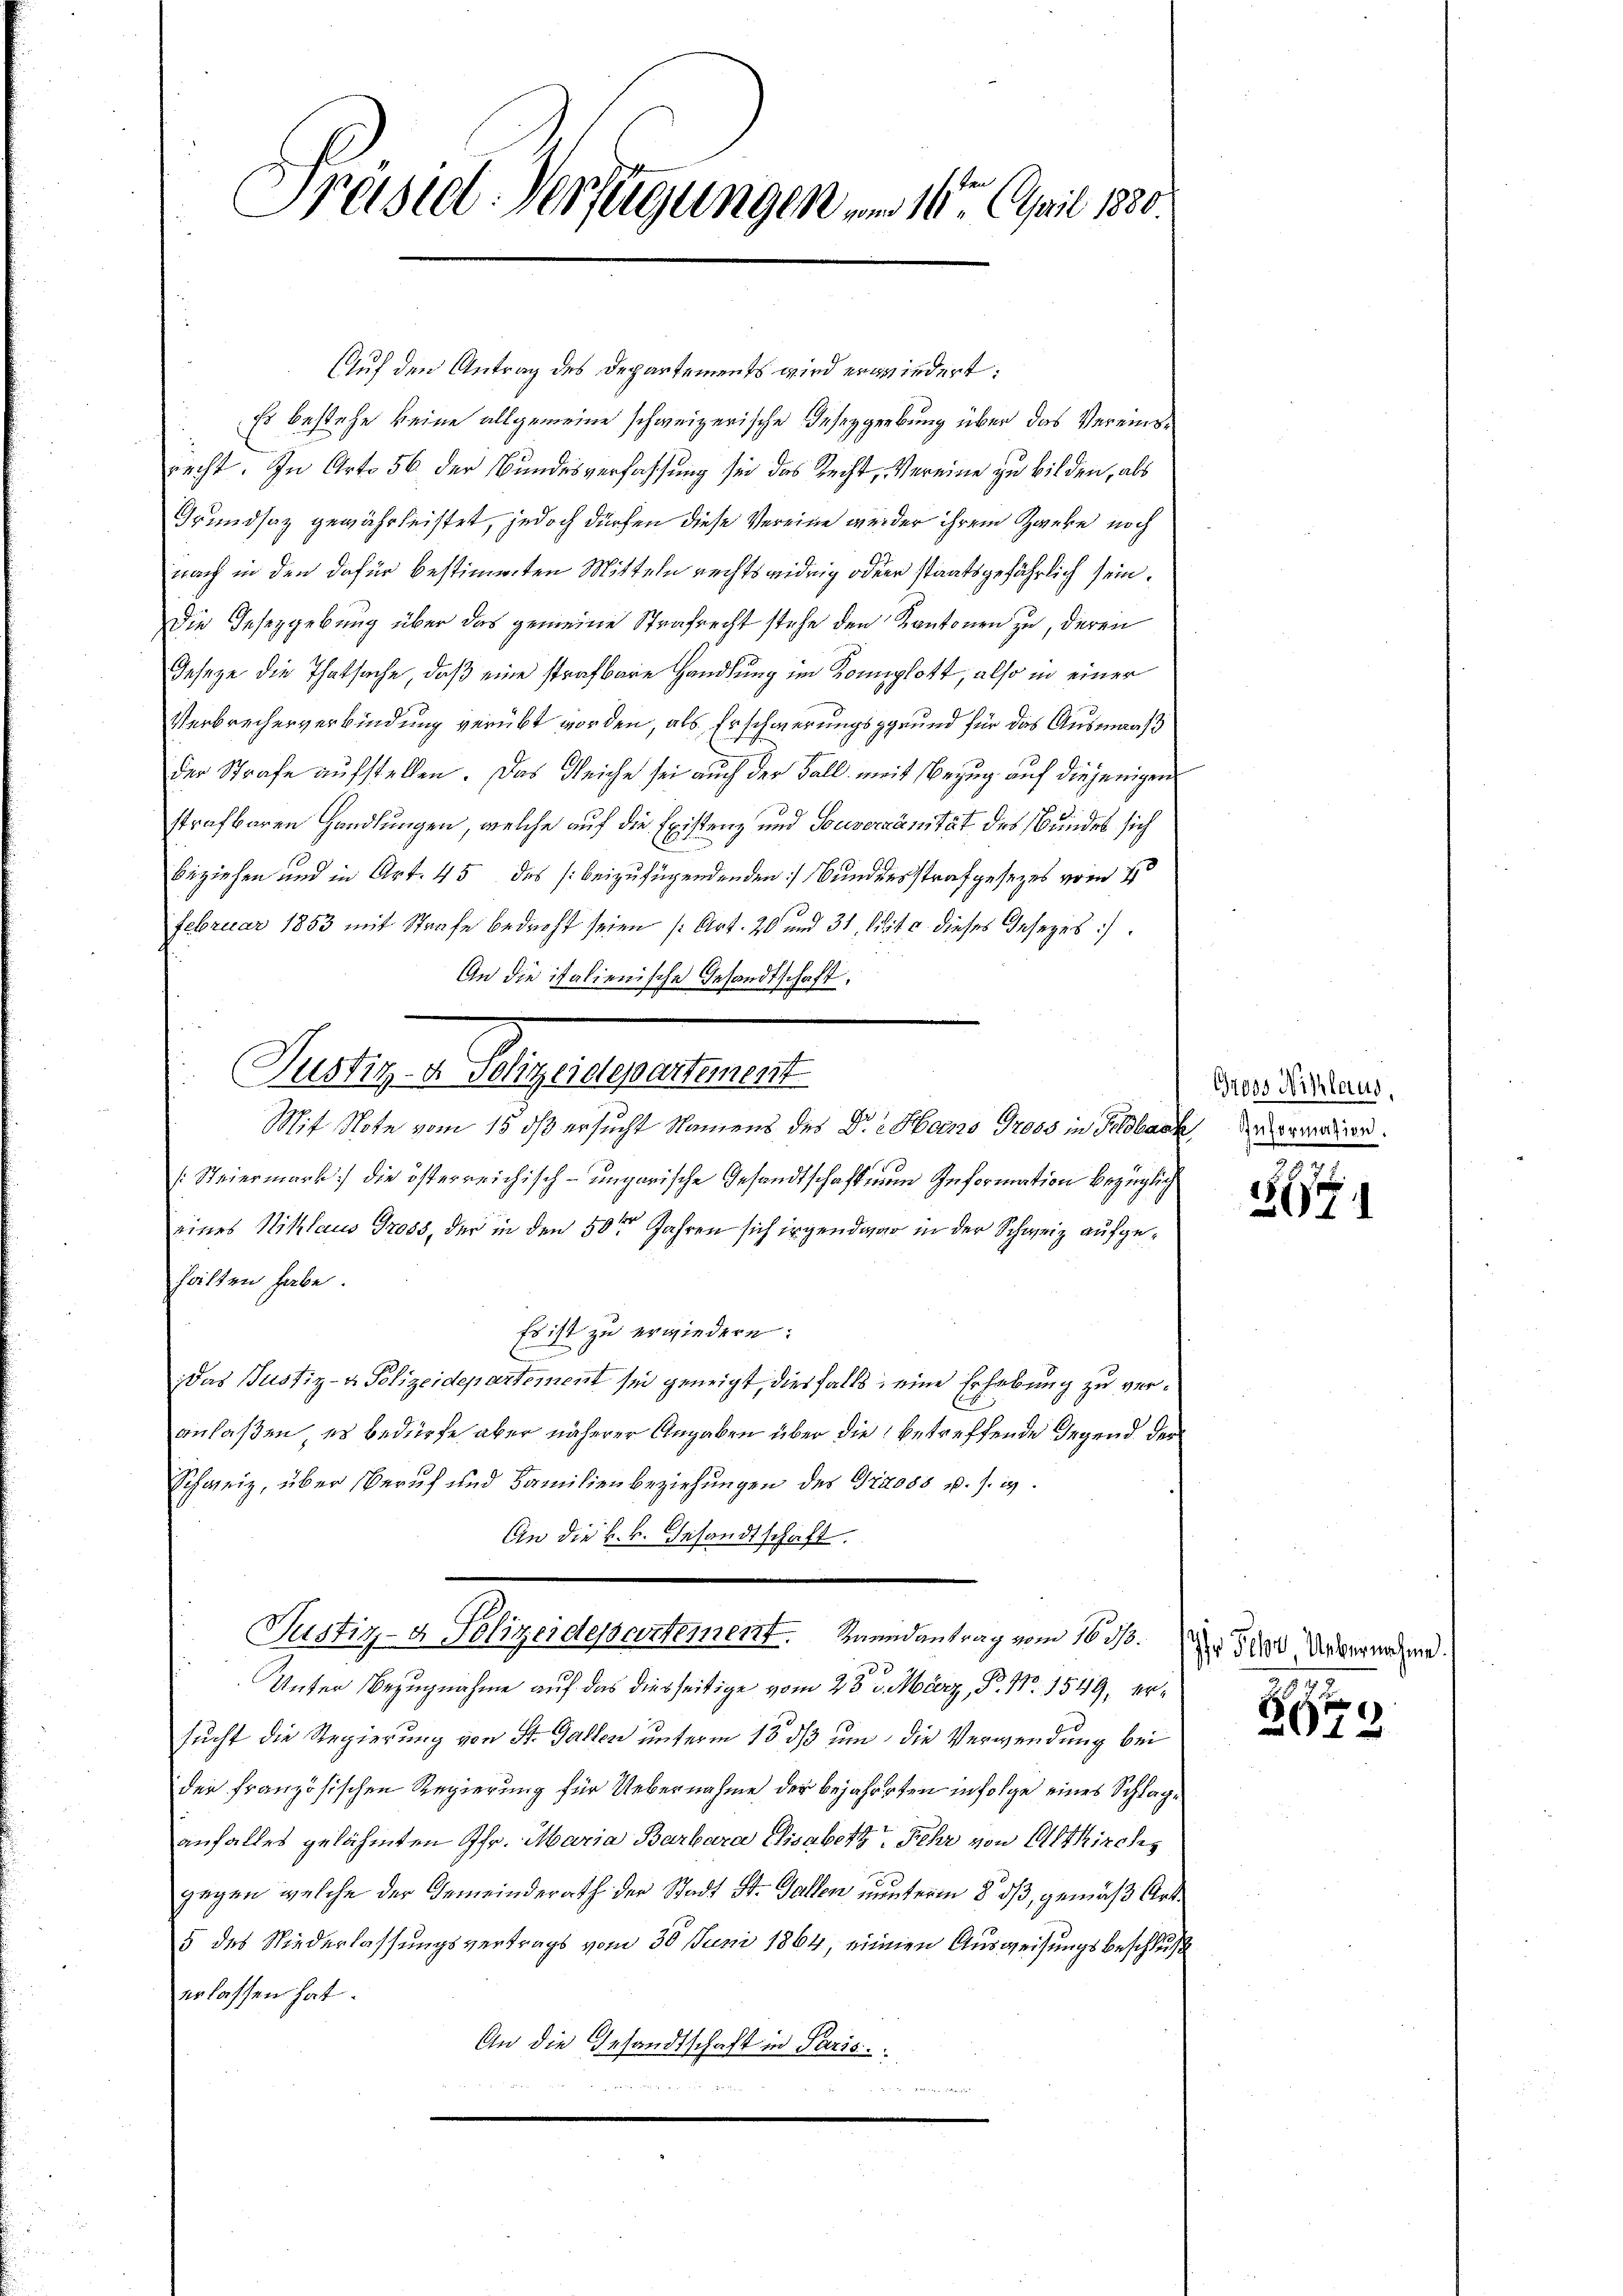
Präsid. Verfügungen am 10. April 188

Auf den Antrag des Departements wird erwiedert:
Es bestehe keine allgemeine schweizerische Insezgerbung über das Vereinsrecht. In Art. 56 der Bundesverfassung sei das Recht, Vereine zu bilden, als
Grundsaz gewährleistet, jedoch dürfen diese Vereine weder ihrem Zweke noch
nach in den dafür bestimmten Mitteln rechtswidrig oder staatsgefährlich sein¬
Die Gesezgebung über das gemeine Strafrecht stehe den Kantonen zu, deren
Geseze die Thatsache, daß eine strafbare Handlung im Konplott, also in einer
Verbrechenverbindung verübt worden, als Erschwerungsgrund für das Ausmaaß
der Strafe aufstellen. Das gleiche sei auch der Fall weit Bezug auf diejenigen
strafbaren Handlungen, welche auf die Existenz und Souveränität des Bundes sich
uziehen und in Art. 45 des (beizufügendenden Bundensstrafgesezes vom 4te
Februar 1853 mit Strafe bedroht seien (Art. 20 und 31 lit. c. dieses Gesetzes).
An die italienische Gesandtschaft,
[Steiermark) die österreichisch-ungarische Gesandtschaften Information bezüglich
eines Niklaus Gross, der in den 50ten Jahren sich irgendwar in der Schweiz aufgehalten habe.
Es ist zu erwiedern.
E
Das Justiz- & Polizeidepartement sei geneigt, diesfalls eine Erhebung zu veranlaßen, es bedürfe aber näherer Angaben über die betreffende Gegend der
Schweiz, über Beruf und Familienbeziehungen des Gross u. s. w.
An die k. k. Gesandtschaft.
Justiz- & Polizeidepartement. Raandantrag vom 16 1/3.
Unter Bezugnahme auf das diesseitige vom 23 u. März, P. Nr. 1549, ersucht die Regierung von St. Gallen unterm 18. ds um die Verwendung bei
der französischen Regierung für Uebernahme der bejahreten infolge eines Schlage
aufalles gelähmten fr. Maria Barbara Elisabeth Fehr von Altkirchs
gegen welche der Gemeinderath der Stadt St. Gallen nunterm 8. dß, gemäß Art
5 des Niederlassungsvertrags vom 30 Juni 1864, einen Ausweisungsbeschluß
erlassen hat.
An die Gesandtschaft in Paris
 80 de
u

Celsigen Superinter
Mit Note vom 15. ds ersucht Namens des Dr. Hans Gross in Feldbach Antradiren.

Gross Niklaus,

167.

Ihr Fehr Uebernahme.

840